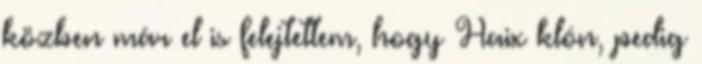
közben már el is felejtettem, hogy Haix klón, pedig